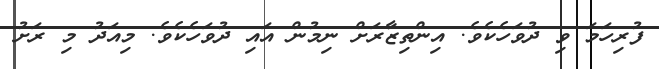
ފުރިހަމަ ވި ދުވަހެކެވެ. އިންތިޒާރަށް ނިމުން އައި ދުވަހެކެވެ. މިއަދު މި ރަށު